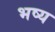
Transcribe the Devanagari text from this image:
भष्य